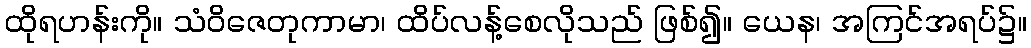
ထိုရဟန်းကို။ သံဝိဇေတုကာမာ၊ ထိပ်လန့်စေလိုသည် ဖြစ်၍။ ယေန၊ အကြင်အရပ်၌။